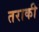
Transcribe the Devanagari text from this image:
तराकी